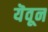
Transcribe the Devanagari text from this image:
यॆवून